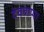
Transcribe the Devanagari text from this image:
देवबाप्पा